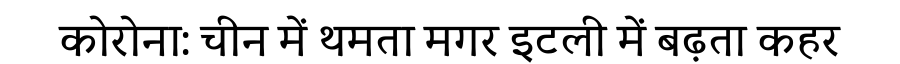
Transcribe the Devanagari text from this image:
कोरोना: चीन में थमता मगर इटली में बढ़ता कहर